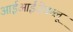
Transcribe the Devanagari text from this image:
आईआईजेडब्लू